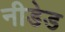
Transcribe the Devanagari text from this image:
नीडेड